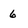
Character: 6